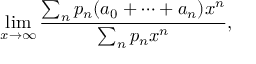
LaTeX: \operatorname* { l i m } _ { x \rightarrow \infty } { \frac { \sum _ { n } p _ { n } ( a _ { 0 } + \cdots + a _ { n } ) x ^ { n } } { \sum _ { n } p _ { n } x ^ { n } } } ,